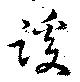
蹊